Notes on vaccination in the North-West Frontier Province 1923-1928 - 1923-1928
Year: 1923
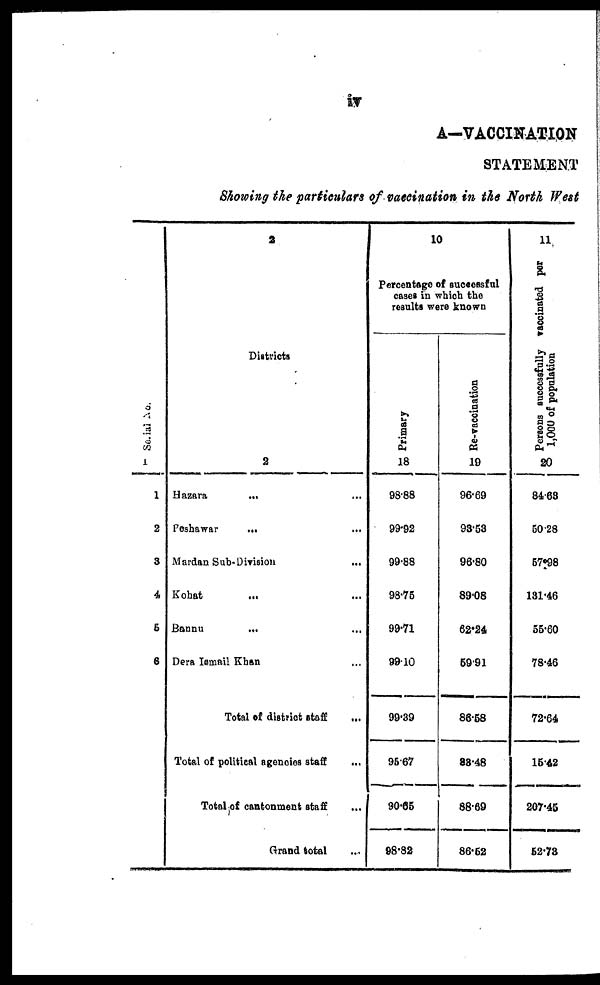
iv
A—VACCINATION
STATEMENT
Showing the particulars of vaccination in the North West
Serial No.
1
1
2
3
4
5
6
2
Districts
2
Hazara
...
...
Peshawar ... ...
Mardan Sub-Division
...
Kohat ... ...
Bannu ... ...
Dera Ismail Khan ...
Total of district staff
...
Total of political agencies staff
...
Total of cantonment staff ...
Grand total ...
10
Percentage of successful
cases in which the
results were known
Primary
18
98.88
99.92
99.88
98.75
99.71
99.10
99.39
95.67
90.65
98.82
Re-vaccination
19
96.69
93.53
96.80
89.08
62.24
59.91
86.58
83.48
88.69
86.52
11
Persons successfully vaccinated per
1,000 of population
20
84.63
50.28
57.98
131.46
55.60
78.46
72.64
15.42
207.45
52.73